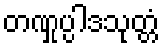
တဏှုပ္ပါဒသုတ္တံ